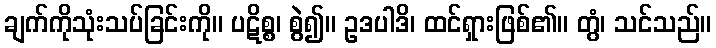
ချက်ကိုသုံးသပ်ခြင်းကို။ ပဋိစ္စ၊ စွဲ၍။ ဥဒပါဒိ၊ ထင်ရှားဖြစ်၏။ တွံ၊ သင်သည်။